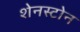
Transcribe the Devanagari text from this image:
शेनस्टोन